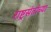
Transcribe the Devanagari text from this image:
राष्ट्रसंतांच्या